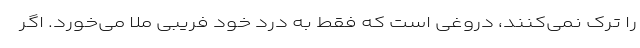
را ترک نمی‌کنند، دروغی است که فقط به درد خود فریبی ملا می‌خورد. اگر